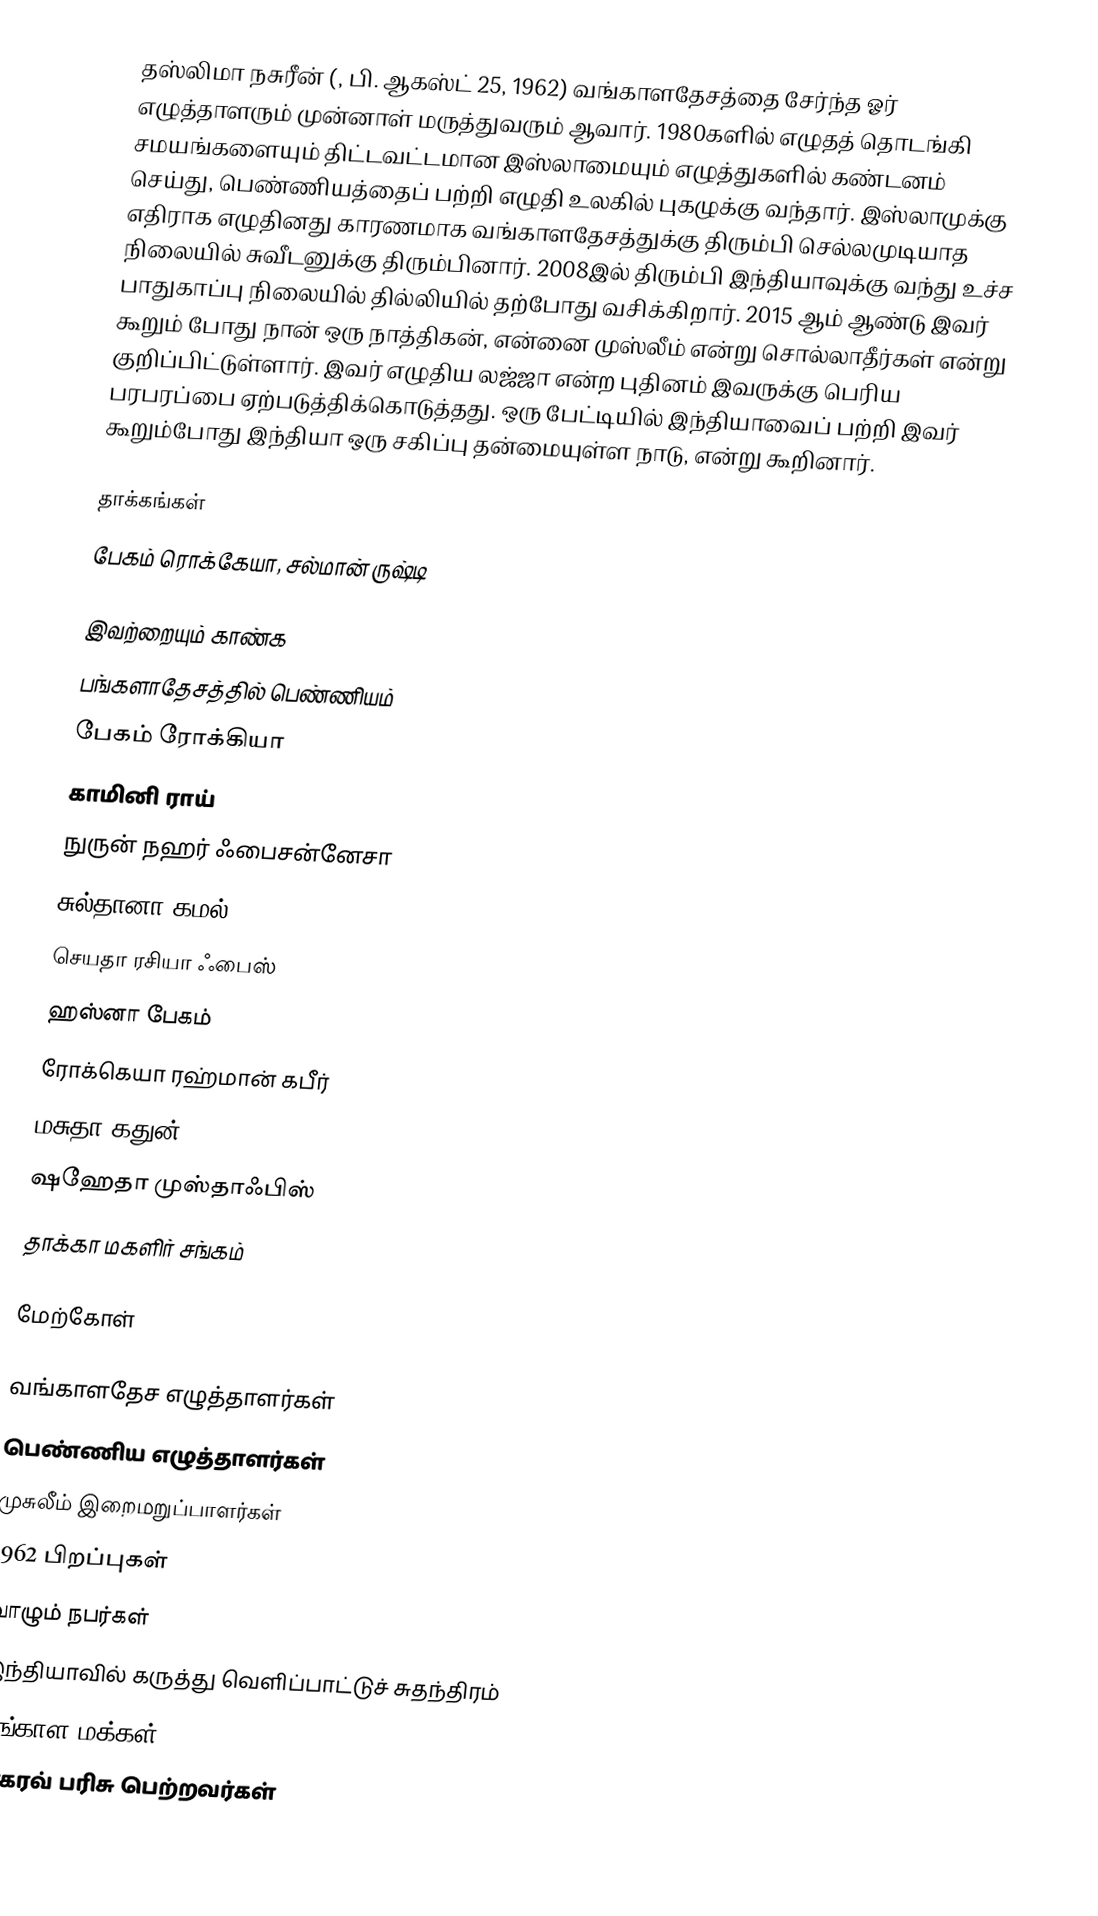
தஸ்லிமா நசுரீன் (,  பி. ஆகஸ்ட் 25, 1962) வங்காளதேசத்தை சேர்ந்த ஓர் எழுத்தாளரும் முன்னாள் மருத்துவரும் ஆவார். 1980களில் எழுதத் தொடங்கி சமயங்களையும் திட்டவட்டமான இஸ்லாமையும் எழுத்துகளில் கண்டனம் செய்து, பெண்ணியத்தைப் பற்றி எழுதி உலகில் புகழுக்கு வந்தார். இஸ்லாமுக்கு எதிராக எழுதினது காரணமாக வங்காளதேசத்துக்கு திரும்பி செல்லமுடியாத நிலையில் சுவீடனுக்கு திரும்பினார். 2008இல் திரும்பி இந்தியாவுக்கு வந்து உச்ச பாதுகாப்பு நிலையில் தில்லியில் தற்போது வசிக்கிறார். 2015 ஆம் ஆண்டு இவர் கூறும் போது நான் ஒரு நாத்திகன், என்னை முஸ்லீம் என்று சொல்லாதீர்கள் என்று குறிப்பிட்டுள்ளார். இவர் எழுதிய லஜ்ஜா என்ற புதினம் இவருக்கு பெரிய பரபரப்பை ஏற்படுத்திக்கொடுத்தது. ஒரு பேட்டியில் இந்தியாவைப் பற்றி இவர் கூறும்போது இந்தியா ஒரு சகிப்பு தன்மையுள்ள நாடு, என்று கூறினார்.

தாக்கங்கள்
பேகம் ரொக்கேயா, சல்மான் ருஷ்டி

இவற்றையும் காண்க
பங்களாதேசத்தில் பெண்ணியம்
பேகம் ரோக்கியா
காமினி ராய்
நுருன் நஹர் ஃபைசன்னேசா
சுல்தானா கமல்
செயதா ரசியா ஃபைஸ்
ஹஸ்னா பேகம்
ரோக்கெயா ரஹ்மான் கபீர்
மசுதா கதுன்
ஷஹேதா முஸ்தாஃபிஸ்
தாக்கா மகளிர் சங்கம்

மேற்கோள்

வங்காளதேச எழுத்தாளர்கள்
பெண்ணிய எழுத்தாளர்கள்
முசுலீம் இறைமறுப்பாளர்கள்
1962 பிறப்புகள்
வாழும் நபர்கள்
இந்தியாவில் கருத்து வெளிப்பாட்டுச் சுதந்திரம்
வங்காள மக்கள்
சாகரவ் பரிசு பெற்றவர்கள்